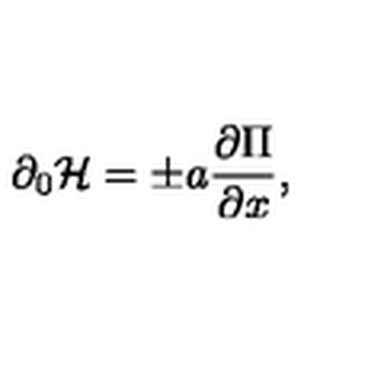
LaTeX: \partial _ { 0 } { \cal H } = \pm a { \frac { \partial \Pi } { \partial x } } ,